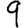
Digit: 9